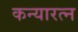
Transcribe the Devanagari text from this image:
कन्यारत्न